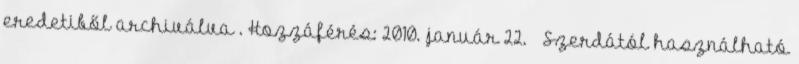
eredetiből archiválva . Hozzáférés: 2010. január 22. ↑ Szerdától használható